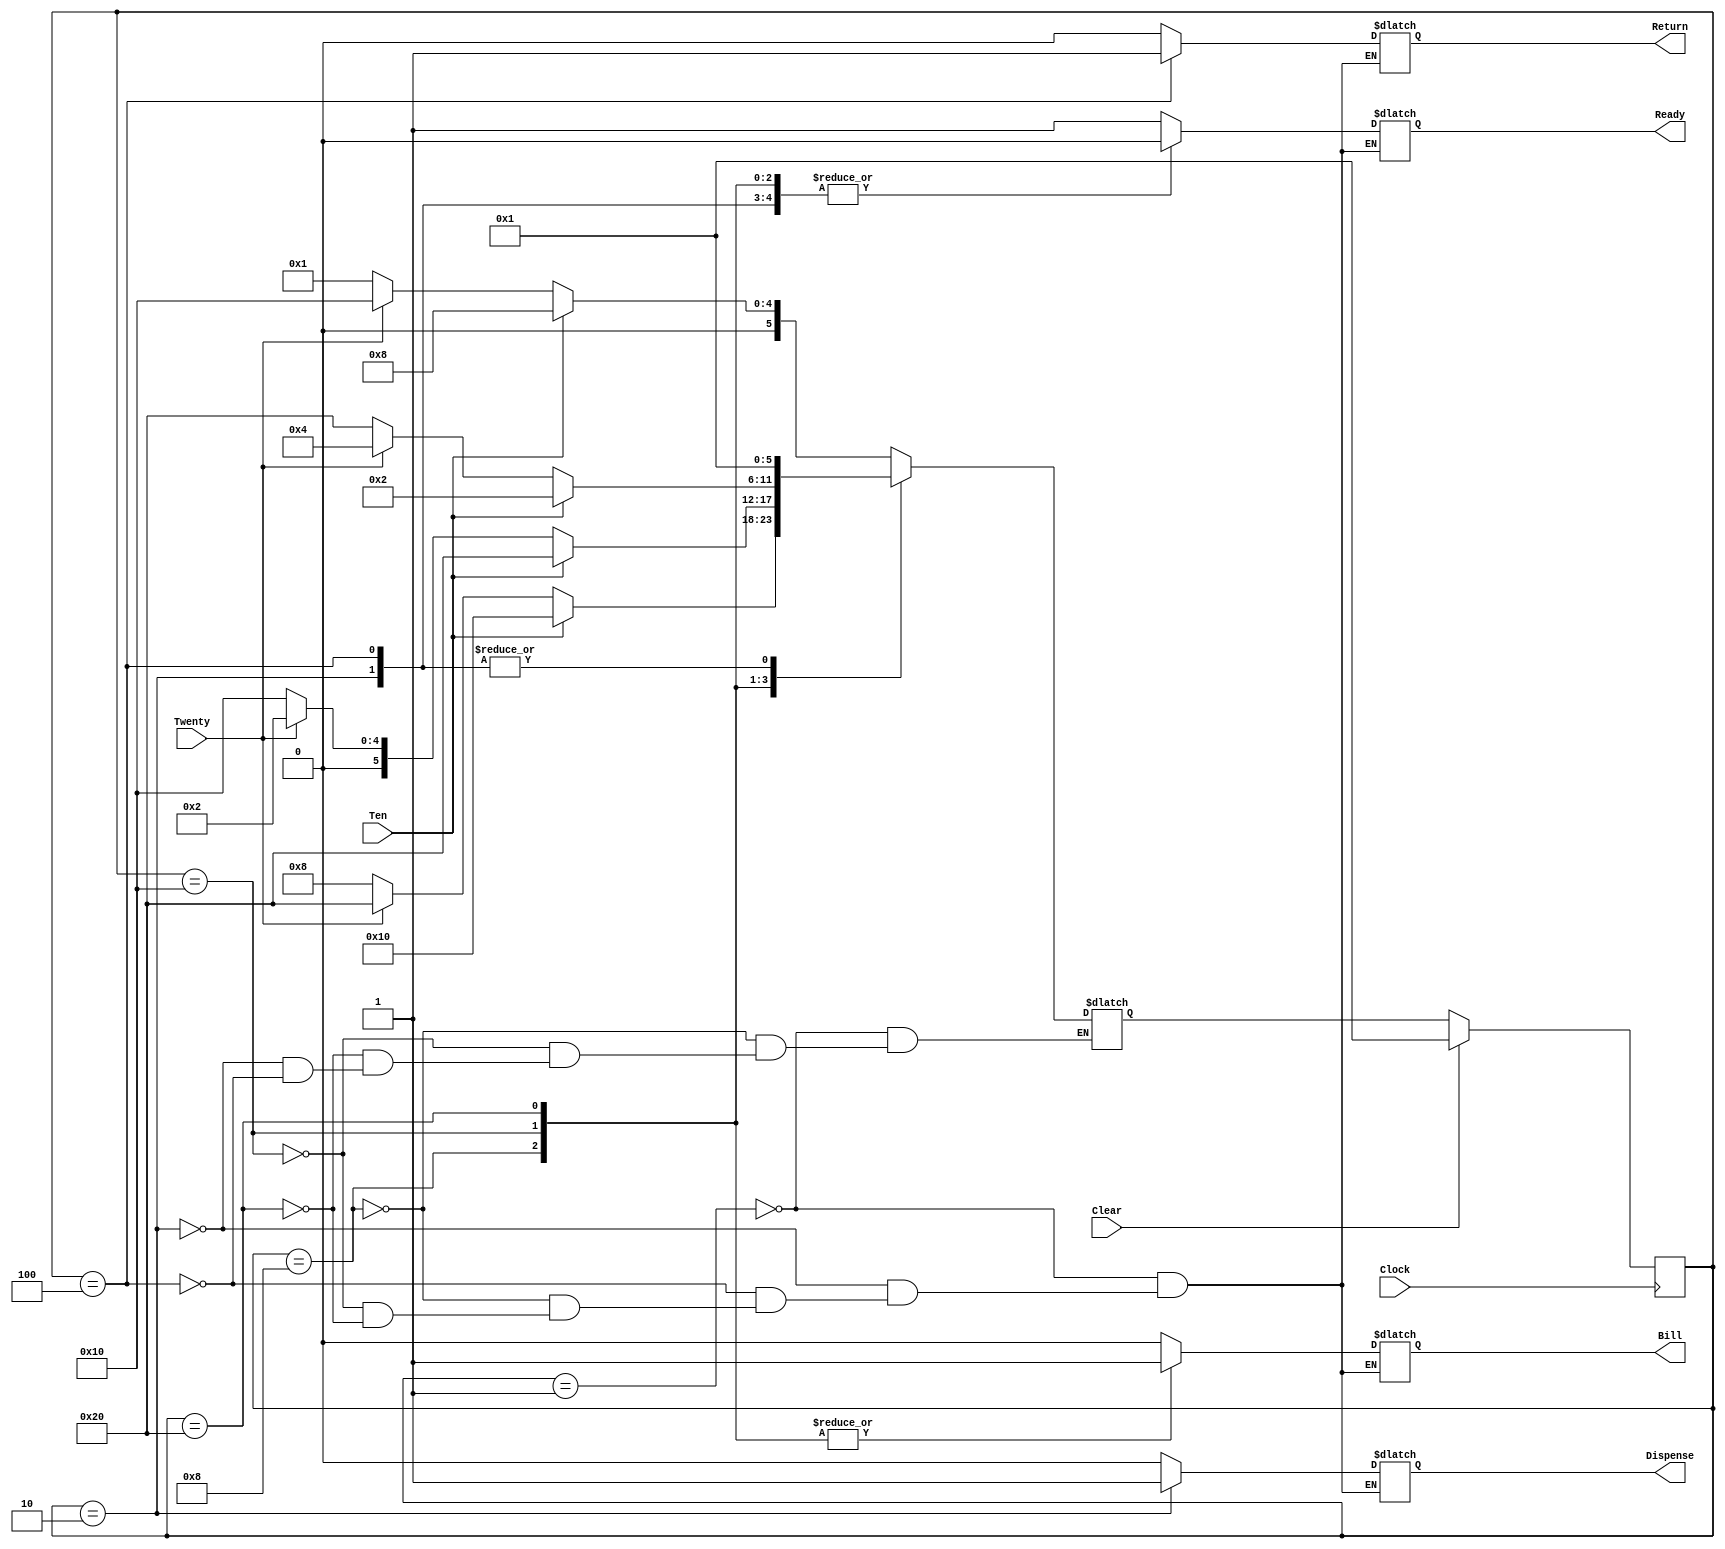
module TicketMachine(Clock, Clear, Ten, Twenty, Ready, Dispense, Return, Bill);
input Clock, Clear, Ten, Twenty;
output Ready, Dispense, Return, Bill;
reg Ready, Dispense, Return, Bill;
parameter ON  = 1'b1;
parameter OFF = 1'b0;
parameter 
	RDY    = 6'b000001,
	DISP   = 6'b000010,
	RTN    = 6'b000100,
	BILL10 = 6'b001000,
	BILL20 = 6'b010000,
	BILL30 = 6'b100000;
reg [5:0] State, NextState;
always @(posedge Clock)
begin 
 if (Clear)
 	State <= RDY;
 else
	State <= NextState;
end
always @(State)
begin
case (State)
	RDY:	begin
		Ready    = ON;
		Bill     = OFF;
		Dispense = OFF;
		Return   = OFF;
		end
	DISP:	begin
		Ready    = OFF;
		Bill     = OFF;
		Dispense = ON;
		Return   = OFF;
		end
	RTN:	begin
		Ready    = OFF;
		Bill     = OFF;
		Dispense = OFF;
		Return   = ON;
		end
	BILL10:	begin
		Ready    = OFF;
		Bill     = ON;
		Dispense = OFF;
		Return   = OFF;
		end
	BILL20:	begin
		Ready    = OFF;
		Bill     = ON;
		Dispense = OFF;
		Return   = OFF;
		end
	BILL30:	begin
		Ready    = OFF;
		Bill     = ON;
		Dispense = OFF;
		Return   = OFF;
		end
endcase
end
always @(State or Ten or Twenty)
begin
case (State)
	RDY:	begin
		if (Ten)
			NextState = BILL10;
		else if (Twenty)
			NextState = BILL20;
		else
			NextState = RDY;
		end
	BILL10:	begin
		if (Ten)
			NextState = BILL20;
		else if (Twenty)
			NextState = BILL30;
		else
			NextState = BILL10;
		end
	BILL20:	begin
		if (Ten)
			NextState = BILL30;
		else if (Twenty)
			NextState = DISP;
		else
			NextState = BILL20;
		end
	BILL30:	begin
		if (Ten)
			NextState = DISP;
		else if (Twenty)
			NextState = RTN;
		else
			NextState = BILL30;
		end
	DISP:	begin
			NextState = RDY;
		end
	RTN:	begin
			NextState = RDY;
		end
endcase
end
endmodule